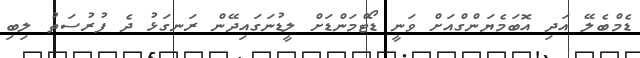
ޑެމްބެލޭ އަދި އޮބަމެޔަންގްއަށް ވަނީ ޑޯޓްމަންޑަށް ލީޑުނަގައިދޭން ރަނގަޅު ދެ ފުރުސަތު ލިބި